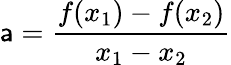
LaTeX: \mathsf{a}=\frac{{f(x_{1})-f(x_{2})}}{{x_{1}-x_{2}}}